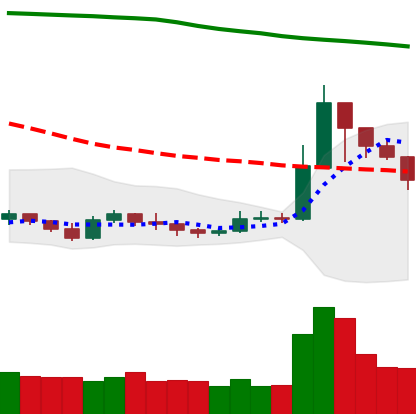
Ticker: XRP-USD
Chart end date: 2019-09-22
Forward return: -12.516%
Label: down_7plus